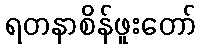
ရတနာစိန်ဖူးတော်